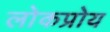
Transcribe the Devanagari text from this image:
लोकप्रोय